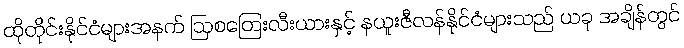
ထိုတိုင်းနိုင်ငံများအနက် ဩစတြေးလီးယားနှင့် နယူးဇီလန်နိုင်ငံများသည် ယခု အချိန်တွင်